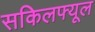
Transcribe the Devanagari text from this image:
सकिलफ्यूल